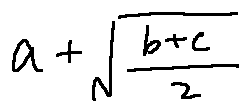
a + \frac { \sqrt { b + c } } { 2 }